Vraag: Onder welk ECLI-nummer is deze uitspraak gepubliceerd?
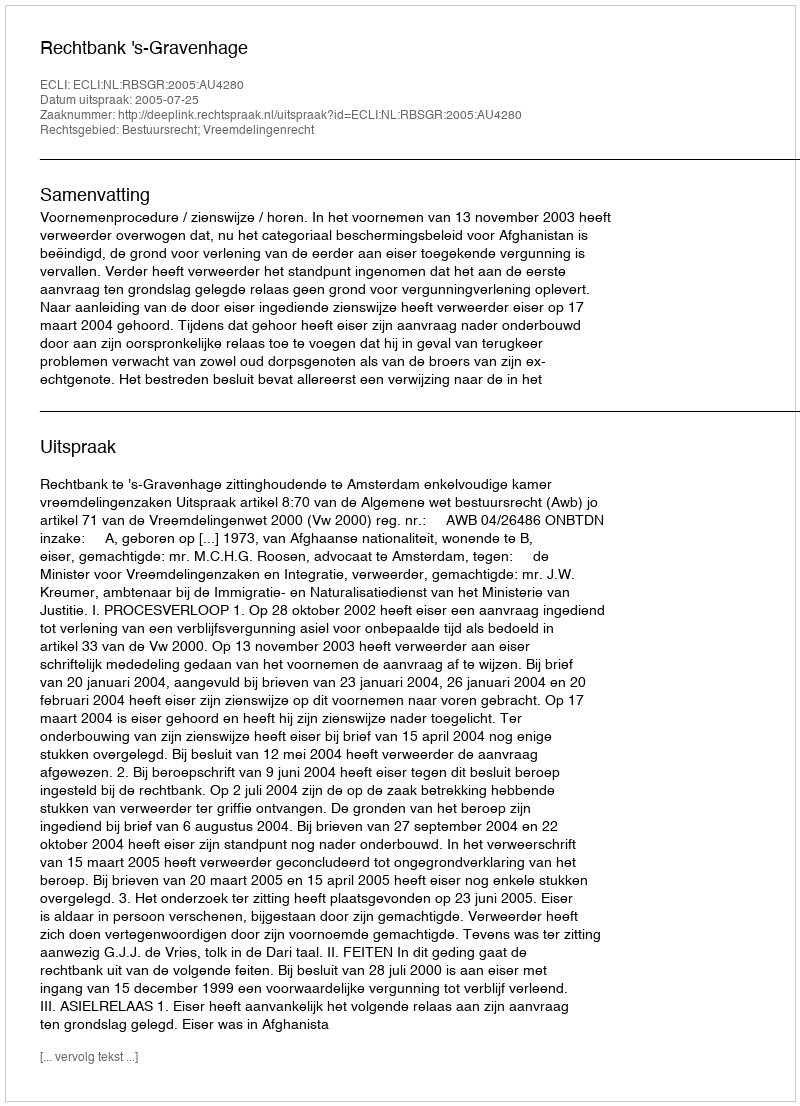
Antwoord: ECLI:NL:RBSGR:2005:AU4280